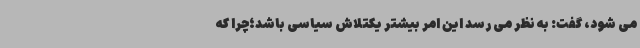
می شود، گفت: به نظر می رسد این امر بیشتر یکتلاش سیاسی باشد؛چرا که